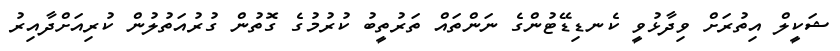
ޝަކީލް އިތުރަށް ވިދާޅުވީ ކެނޑިޑޭޓުންގެ ނަންތައް ތަރުތީބު ކުރުމުގެ ގޮތުން ގުރުއަތުލުން ކުރިއަށްދާއިރު